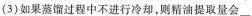
(3)如果蒸馏过程中不进行冷却，则精油提取量会___